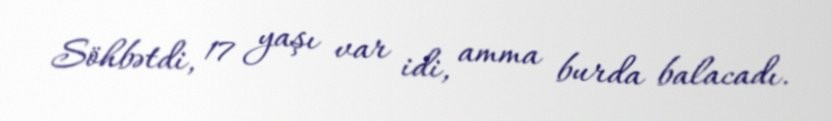
Söhbətdi, 17 yaşı var idi, amma burda balacadı.